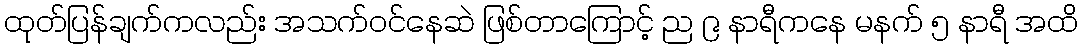
ထုတ်ပြန်ချက်ကလည်း အသက်ဝင်နေဆဲ ဖြစ်တာကြောင့် ည ၉ နာရီကနေ မနက် ၅ နာရီ အထိ